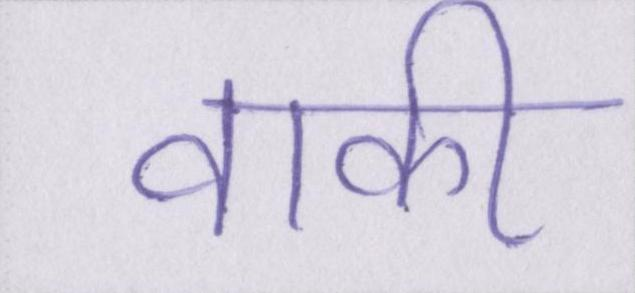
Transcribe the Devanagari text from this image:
वाकी